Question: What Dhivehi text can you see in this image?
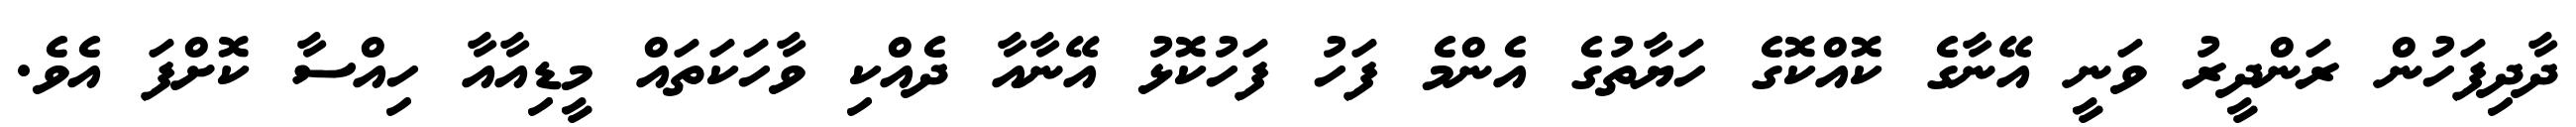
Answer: ދާދިފަހުން ރަންދީރު ވަނީ އޭނާގެ ކޮއްކޮގެ ހަޔާތުގެ އެންމެ ފަހު ފަހުކޮޅު އޭނާއާ ދެއްކި ވާހަކަތައް މީޑިއާއާ ހިއްސާ ކޮށްފަ އެވެ.